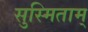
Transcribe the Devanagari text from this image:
सुस्मिताम्